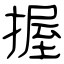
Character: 握